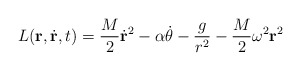
\begin{align*}L( {\bf r}, \dot{\bf r}, t) = \frac{M}{2} \dot{\bf r}^2 - \alpha \dot{\theta}- \frac{g}{r^2} - \frac{M}{2} \omega^2 {\bf r}^2\end{align*}